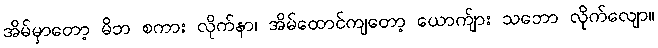
အိမ်မှာတော့ မိဘ စကား လိုက်နာ၊ အိမ်ထောင်ကျတော့ ယောက်ျား သဘော လိုက်လျော။